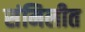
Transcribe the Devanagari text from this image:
संमिलीत